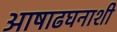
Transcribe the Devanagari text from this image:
आषाढघनाशी